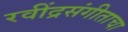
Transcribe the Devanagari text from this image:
रवींद्रसंगीताचा